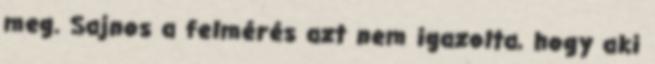
meg. Sajnos a felmérés azt nem igazolta, hogy aki